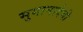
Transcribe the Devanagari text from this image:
सुगानादेवी